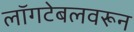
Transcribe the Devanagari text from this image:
लॉगटेबलवरून